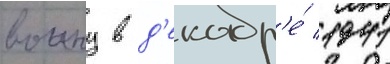
воину в д'екабр'е́ 1941